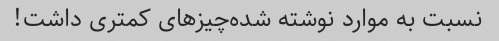
نسبت به موارد نوشته شده‌چیز‌های کمتری داشت!